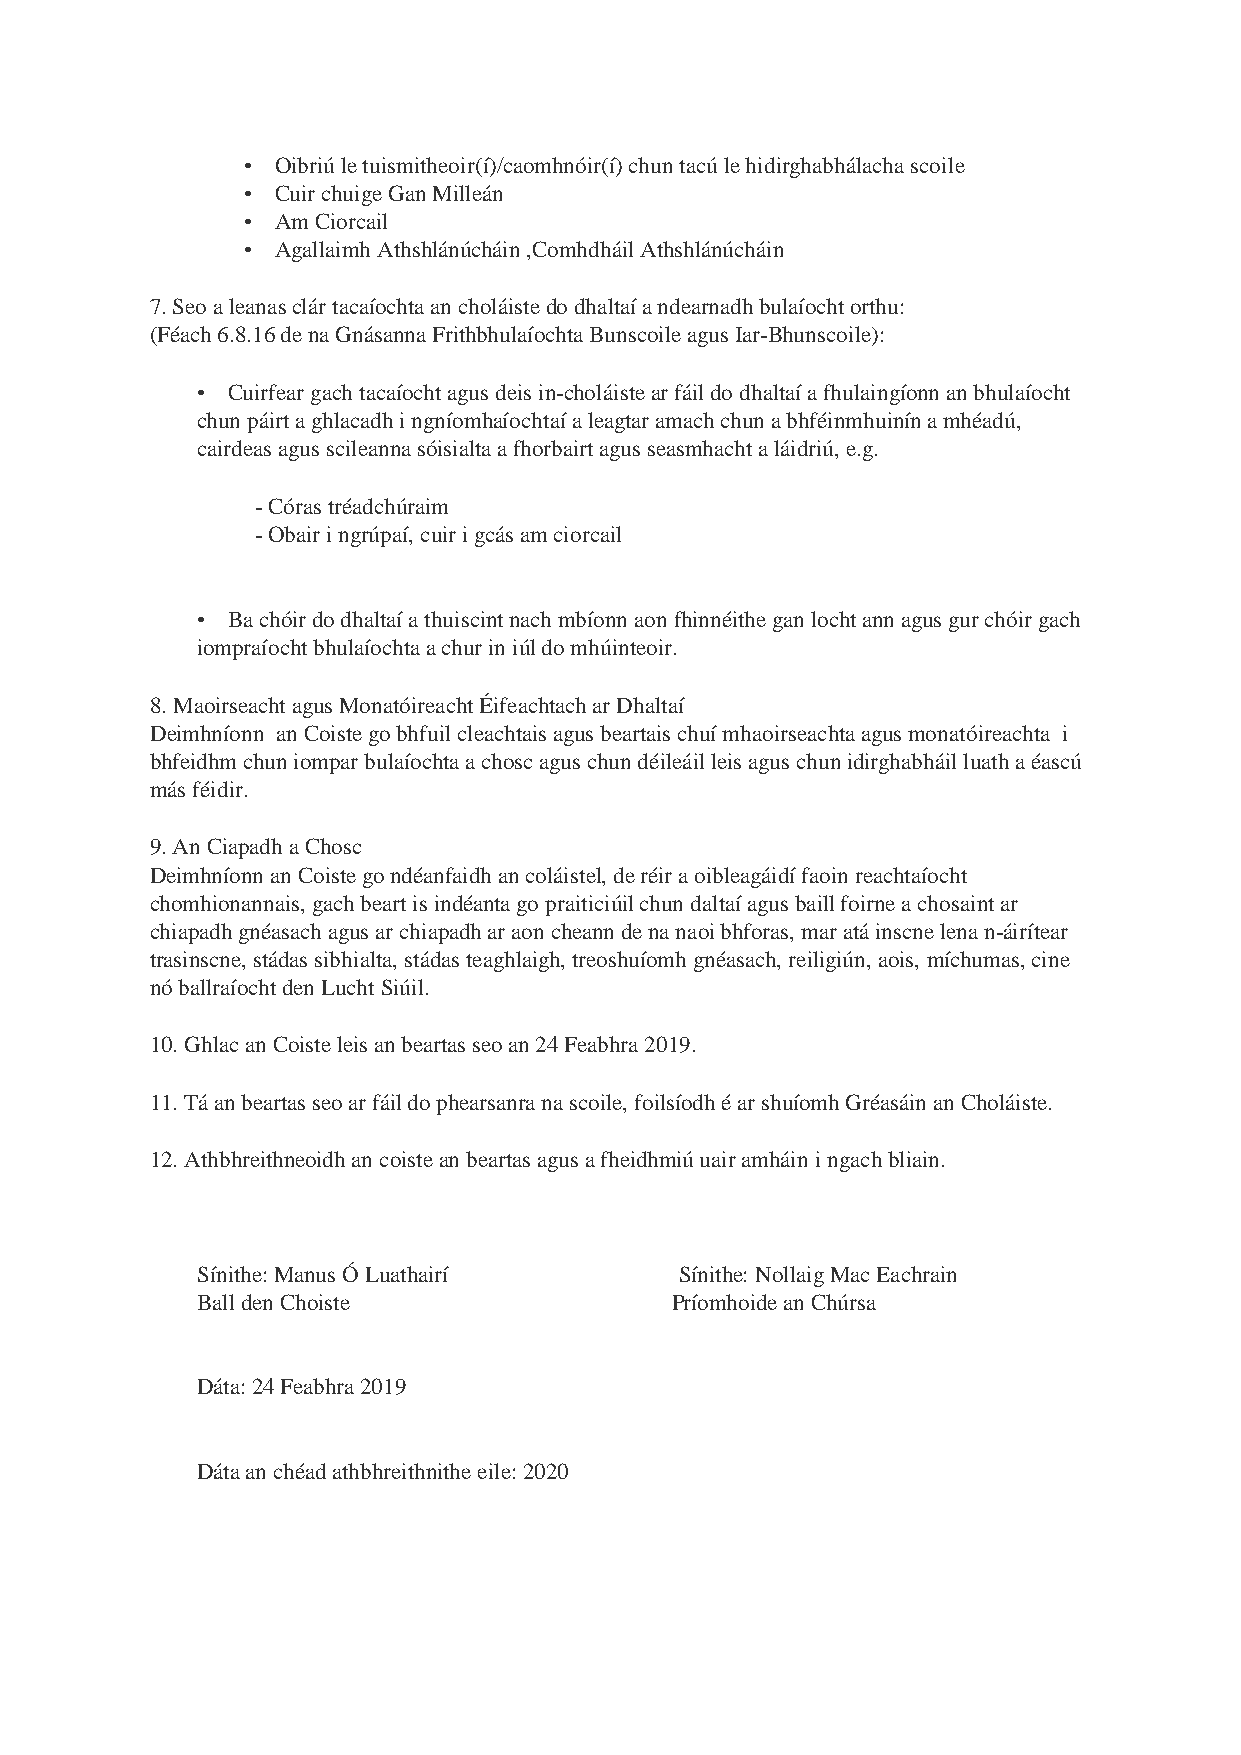
• Oibriú le tuismitheoir(í)/caomhnóir(í) chun tacú le hidirghabhálacha scoile
 • Cuir chuige Gan Milleán
 • Am Ciorcail
 • Agallaimh Athshlánúcháin ,Comhdháil Athshlánúcháin
 7. Seo a leanas clár tacaíochta an choláiste do dhaltaí a ndearnadh bulaíocht orthu:
 (Féach 6.8.16 de na Gnásanna Frithbhulaíochta Bunscoile agus Iar-Bhunscoile):
 • Cuirfear gach tacaíocht agus deis in-choláiste ar fáil do dhaltaí a fhulaingíonn an bhulaíocht
 chun páirt a ghlacadh i ngníomhaíochtaí a leagtar amach chun a bhféinmhuinín a mhéadú,
 cairdeas agus scileanna sóisialta a fhorbairt agus seasmhacht a láidriú, e.g.
 - Córas tréadchúraim
 - Obair i ngrúpaí, cuir i gcás am ciorcail
 • Ba chóir do dhaltaí a thuiscint nach mbíonn aon fhinnéithe gan locht ann agus gur chóir gach
 iompraíocht bhulaíochta a chur in iúl do mhúinteoir.
 8. Maoirseacht agus Monatóireacht Éifeachtach ar Dhaltaí
 Deimhníonn an Coiste go bhfuil cleachtais agus beartais chuí mhaoirseachta agus monatóireachta i
 bhfeidhm chun iompar bulaíochta a chosc agus chun déileáil leis agus chun idirghabháil luath a éascú
 más féidir.
 9. An Ciapadh a Chosc
 Deimhníonn an Coiste go ndéanfaidh an coláistel, de réir a oibleagáidí faoin reachtaíocht
 chomhionannais, gach beart is indéanta go praiticiúil chun daltaí agus baill foirne a chosaint ar
 chiapadh gnéasach agus ar chiapadh ar aon cheann de na naoi bhforas, mar atá inscne lena n-áirítear
 trasinscne, stádas sibhialta, stádas teaghlaigh, treoshuíomh gnéasach, reiligiún, aois, míchumas, cine
 nó ballraíocht den Lucht Siúil.
 10. Ghlac an Coiste leis an beartas seo an 24 Feabhra 2019.
 11. Tá an beartas seo ar fáil do phearsanra na scoile, foilsíodh é ar shuíomh Gréasáin an Choláiste.
 12. Athbhreithneoidh an coiste an beartas agus a fheidhmiú uair amháin i ngach bliain.
 Sínithe: Manus Ó Luathairí      Sínithe: Nollaig Mac Eachrain
 Ball den Choiste               Príomhoide an Chúrsa
 Dáta: 24 Feabhra 2019
 Dáta an chéad athbhreithnithe eile: 2020